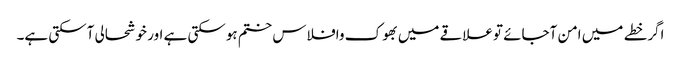
اگرخطے میں امن آجائے توعلاقے میں بھوک وافلاس ختم ہوسکتی ہے اور خوشحالی آسکتی ہے۔